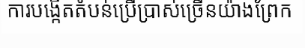
ការបង្កើតតំបន់ប្រើប្រាស់ច្រើនយ៉ាងព្រែក